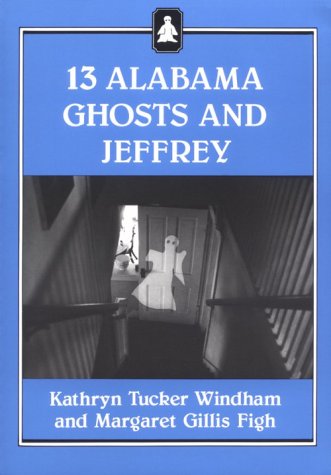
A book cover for Thirteen Alabama Ghosts and Jeffrey (Jeffrey Books); Kathryn Tucker Windham; Religion & Spirituality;